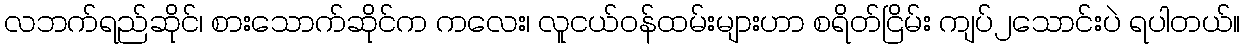
လဘက်ရည်ဆိုင်၊ စားသောက်ဆိုင်က ကလေး၊ လူငယ်ဝန်ထမ်းများဟာ စရိတ်ငြိမ်း ကျပ်၂သောင်းပဲ ရပါတယ်။